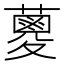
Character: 𮒈